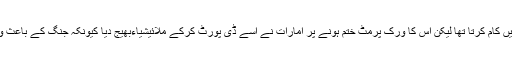
یہ متحدہ عرب امارات میں کام کرتا تھا لیکن اس کا ورک پرمٹ ختم ہونے پر امارات نے اسے ڈی پورٹ کرکے ملائیشیاءبھیج دیا کیونکہ جنگ کے باعث وہ شام نہیں جانا چاہتا تھا۔